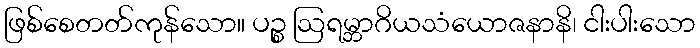
ဖြစ်စေတတ်ကုန်သော။ ပဉ္စ ဩရမ္ဘာဂိယသံယောဇနာနိ၊ ငါးပါးသော